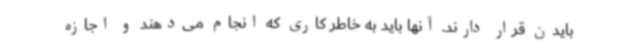
بایدن قرار دارند. آنها باید به خاطر کاری که انجام می‌دهند و اجازه